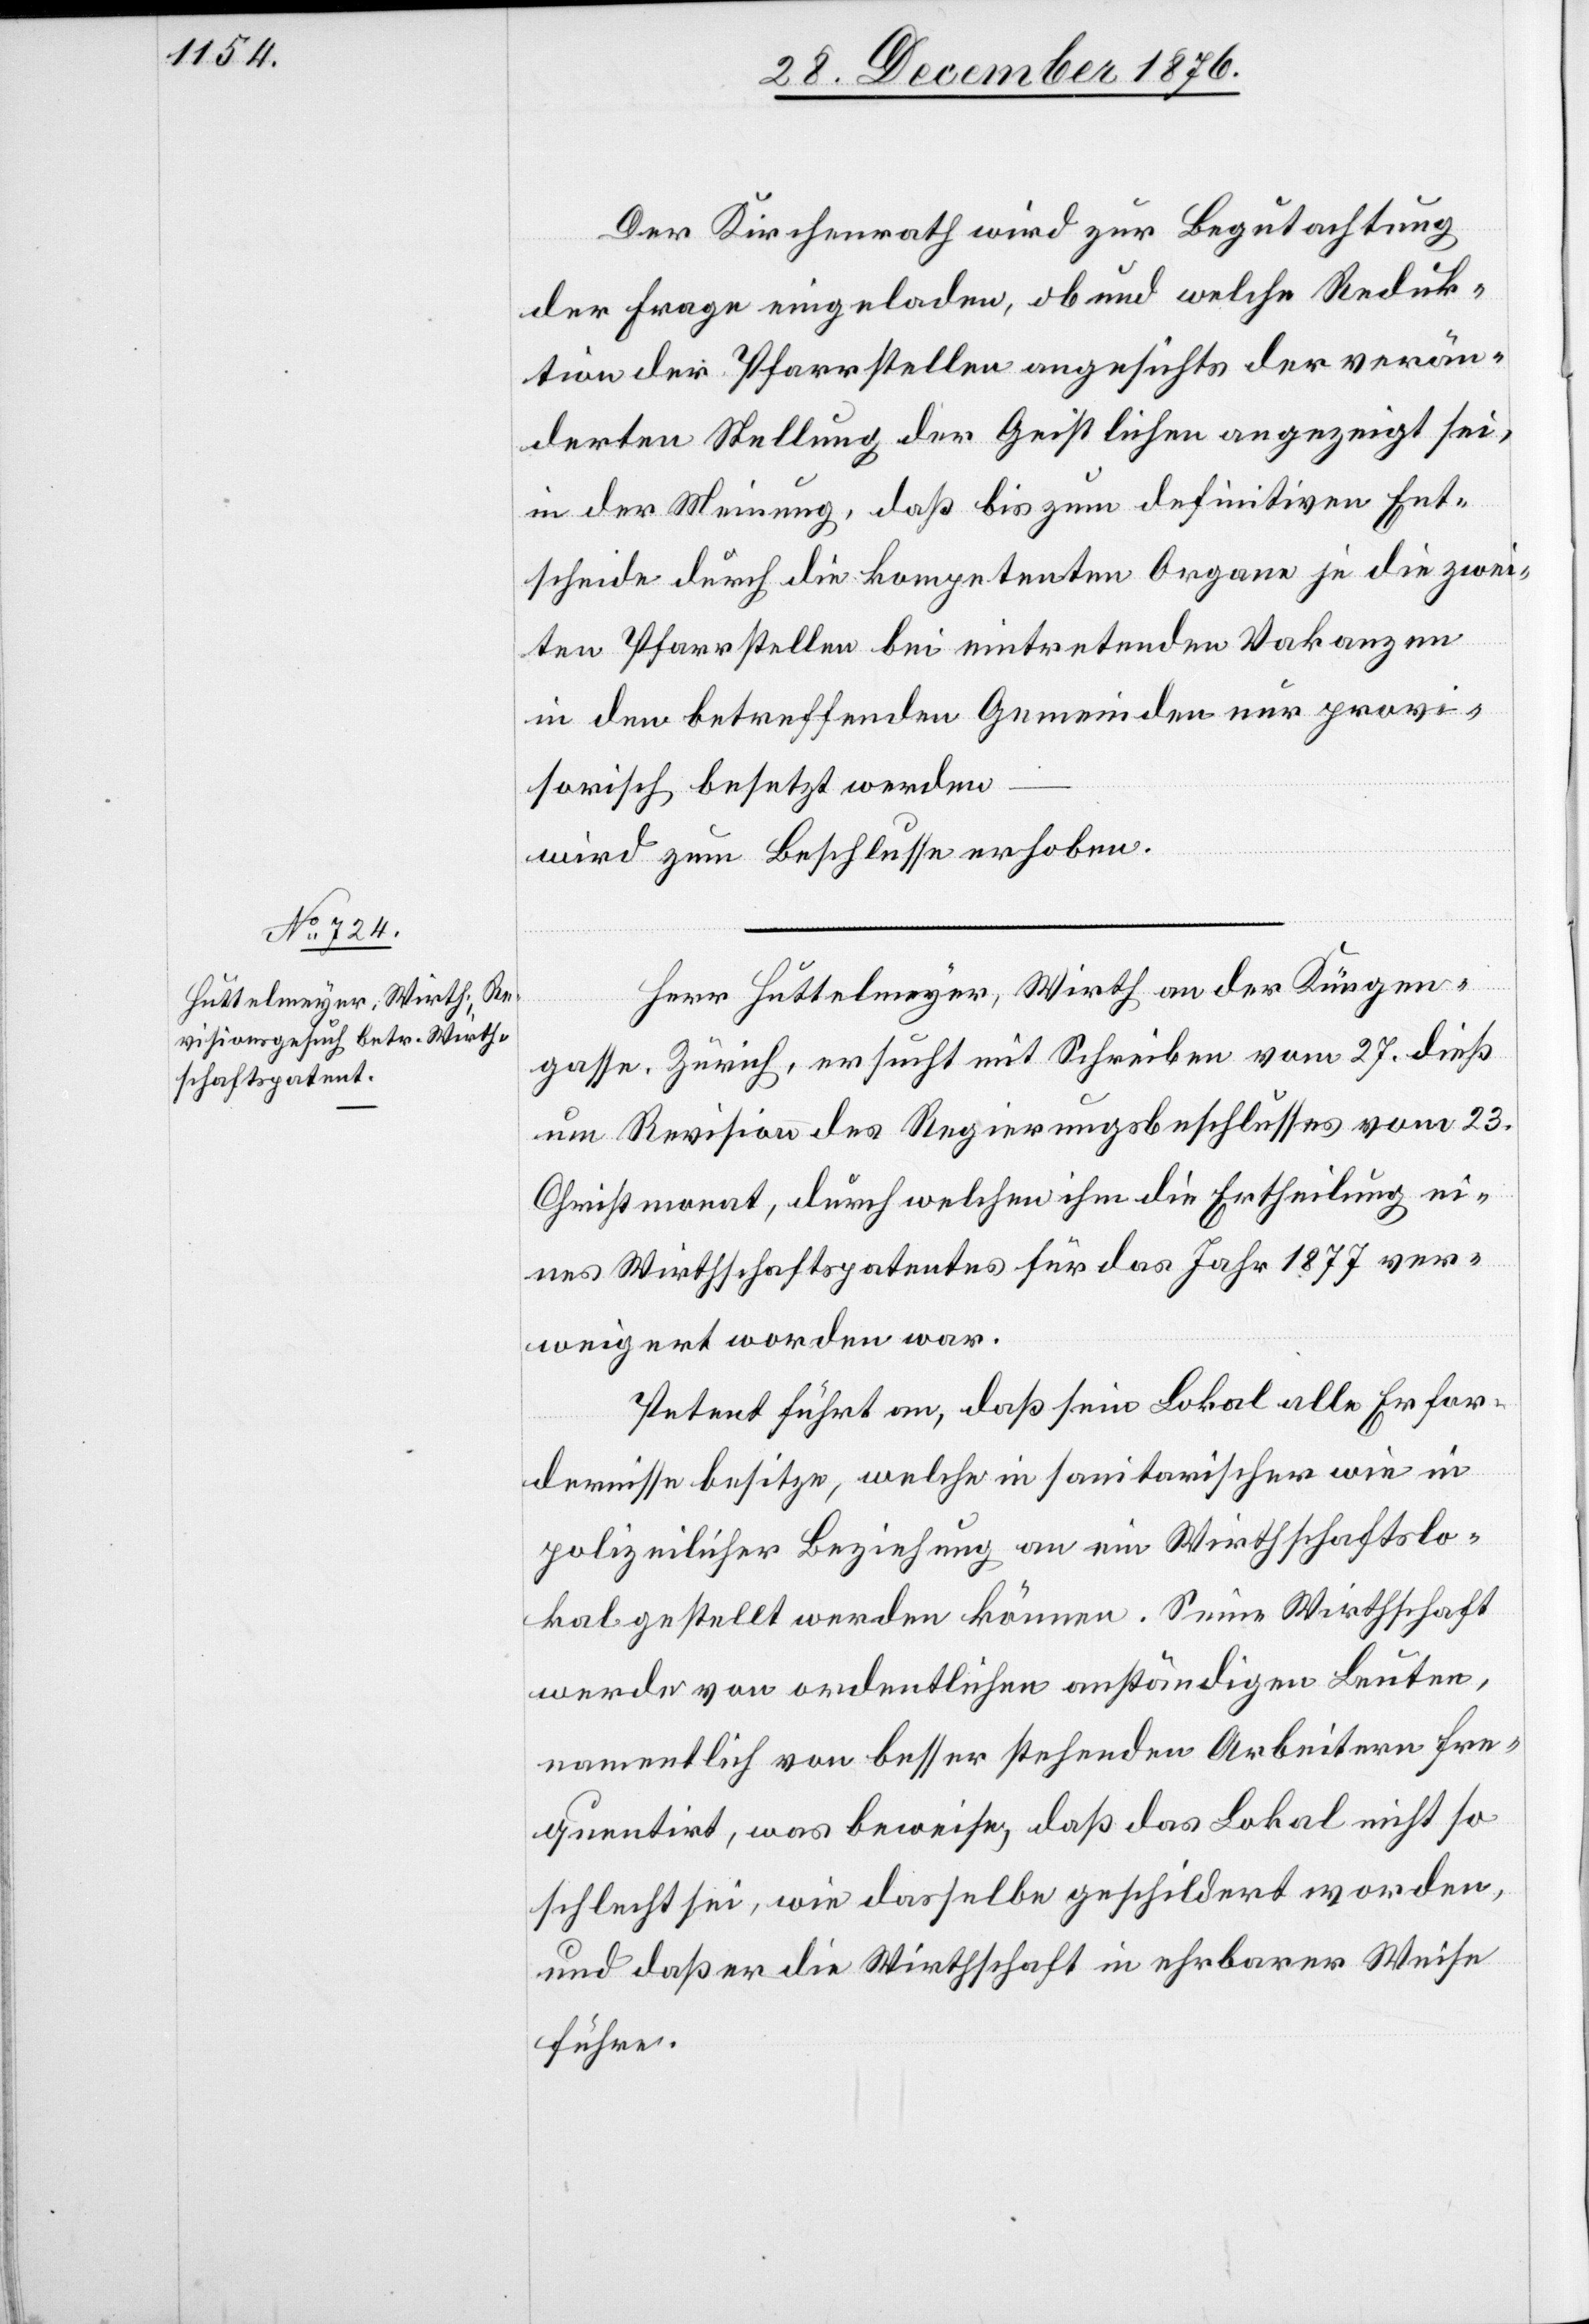
Der Kirchenrath wird zur Begutachtung
der Frage eingeladen, ob und welche Reduk¬
tion der Pfarrstellen angesichts der verän¬
derten Stellung der Geistlichen angezeigt sei,
in der Meinung, daß bis zum definitiven Ent¬
scheide durch die kompetenten Organe je die zwei¬
ten Pfarrstellen bei eintretenden Vakanzen
in den betreffenden Gemeinden nur provi¬
sorisch besetzt werden
wird zum Beschlusse erhoben.
Herr Huttelmeyer, Wirth an der Kürgen¬
gasse, Zürich, ersucht mit Schreiben vom 27. dieß
um Revision des Regierungsbeschlusses vom 23.
Christmonat, durch welchen ihm die Ertheilung ei¬
ns Wirthschaftspatentes für das Jahr 1877 ver¬
weigert worden war.
Petent führt an, daß sein Lokal alle Erfor¬
dernisse besitze, welche in sanitarischer wie in
polizeilicher Beziehung an ein Wirthschaftslo¬
kal gestellt werden können. Seine Wirthschaft
werde von ordentlichen anständigen Leuten,
namentlich von besser stehenden Arbeitern fre¬
quentirt, was beweise, daß das Lokal nicht so
schlecht sei, wie dasselbe geschildert worden,
und daß er die Wirthschaft in ehrbarer Weise
führe.